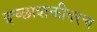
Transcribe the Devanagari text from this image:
इच्छाशक्तीवरच